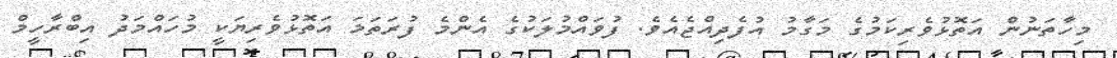
މިހާތަނުން އަތޮޅުވެރިކަމުގެ މަގާމު އުފެދިއްޖެއެވެ. ފުވައްމުލަކުގެ އެންމެ ފުރަތަމަ އަތޮޅުވެރިޔަކީ މުހައްމަދު އިބްރާހީމް